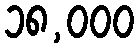
၁၈,၀၀၀